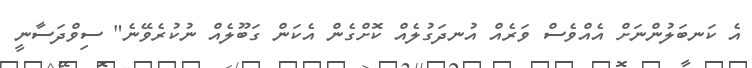
އެ ކަނބަލުންނަށް އެއްވެސް ވަރެއް އުނދަގުލެއް ކޮށްގެން އެކަން ގަބޫލެއް ނުކުރެވޭނެ" ސިވްދަސާނީ